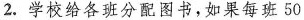
2.学校给各班分配图书，如果每班50